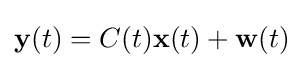
\mathbf {y} (t)=C(t)\mathbf {x} (t)+\mathbf {w} (t)